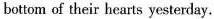
bottom of their hearts yesterday.